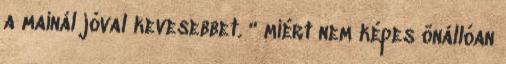
a mainál jóval kevesebbet. “ miért nem képes önállóan